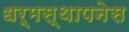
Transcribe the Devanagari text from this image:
धर्मस्थापनेस